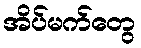
အိပ်မက်တွေ